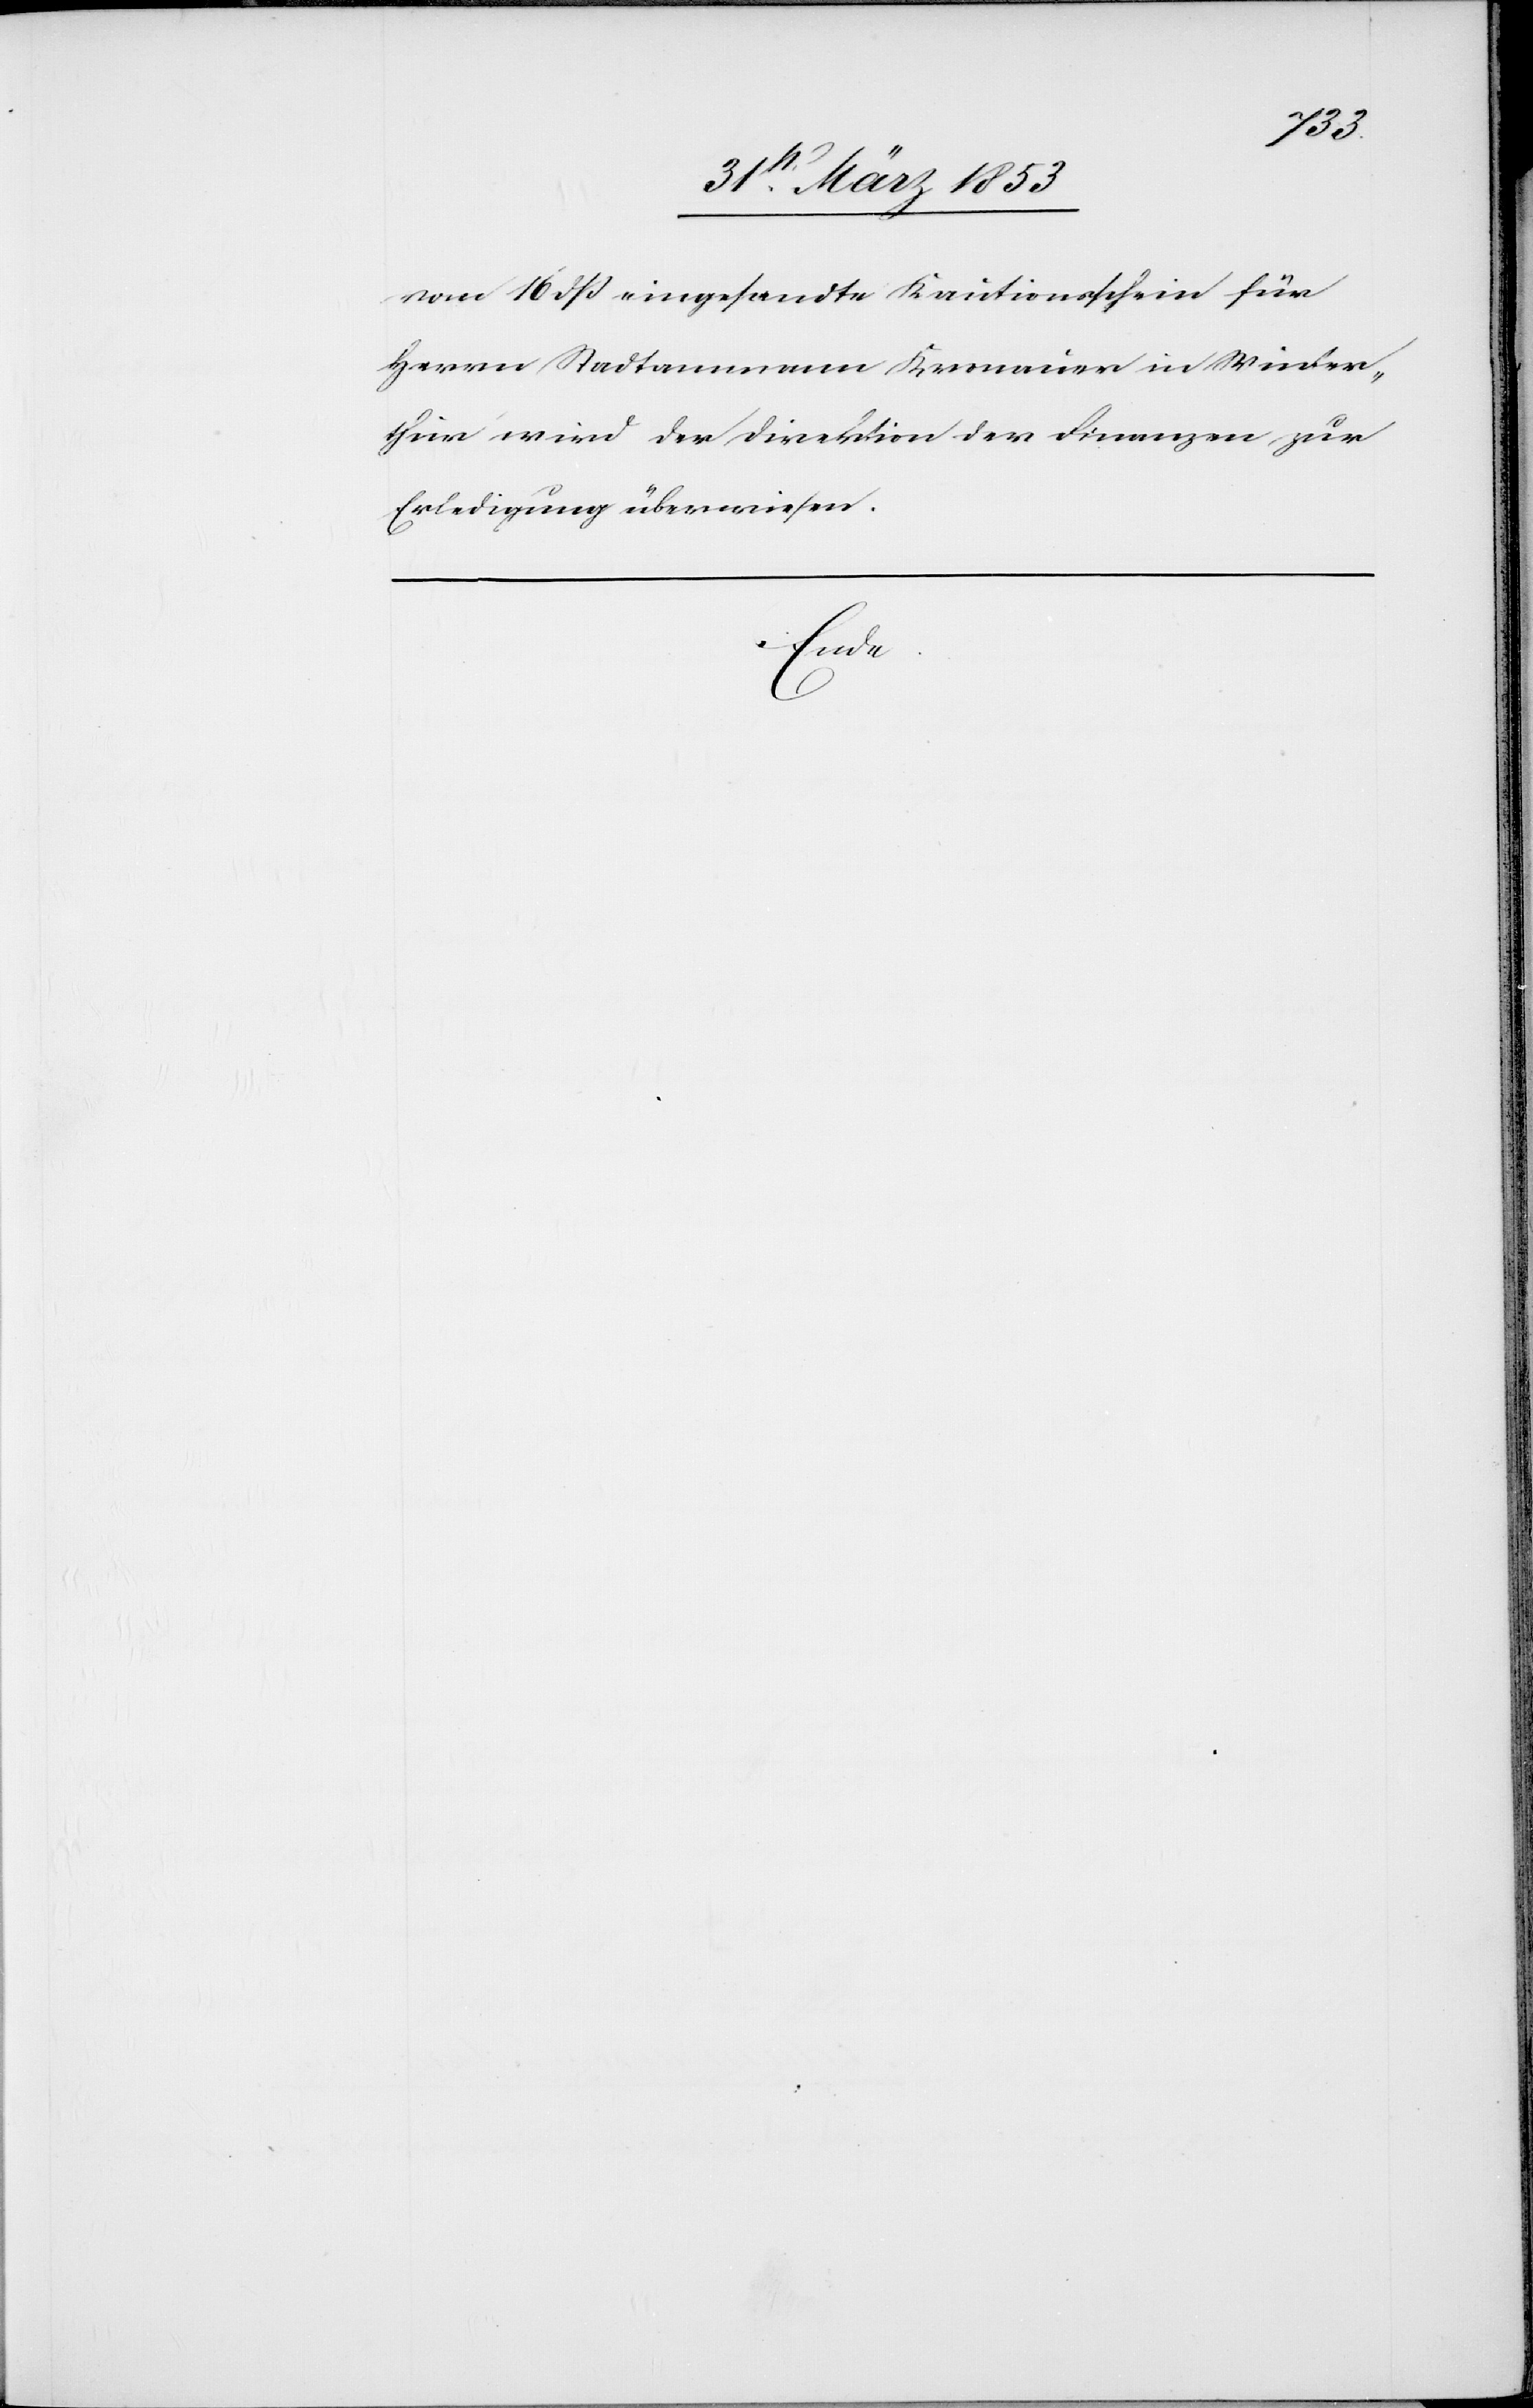
vom 16 dß eingesandte Kautionsschein für
Herrn Stadtammann Kronauer in Winter¬
thur wird der Direktion der Finanzen zur
Erledigung überwiesen.